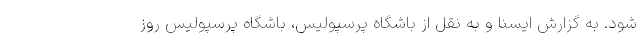
شود. به گزارش ایسنا و به نقل از باشگاه پرسپولیس، باشگاه پرسپولیس روز